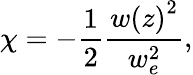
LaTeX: \chi=-\frac{1}{2}\frac{w\left(z\right)^{2}}{w_{e}^{2}},